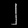
Digit: ၂